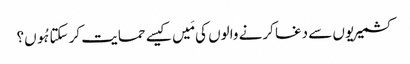
کشمیریوں سے دغا کرنے والوں کی مَیں کیسے حمایت کر سکتا ہُوں؟